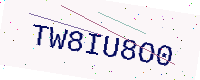
Text: TW8IU8O0